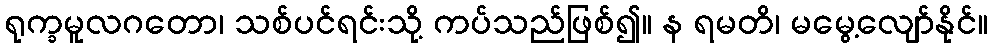
ရုက္ခမူလဂတော၊ သစ်ပင်ရင်းသို့ ကပ်သည်ဖြစ်၍။ န ရမတိ၊ မမွေ့လျော်နိုင်။